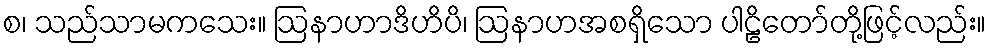
စ၊ သည်သာမကသေး။ ဩနာဟာဒိဟိပိ၊ ဩနာဟအစရှိသော ပါဠိတော်တို့ဖြင့်လည်း။